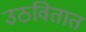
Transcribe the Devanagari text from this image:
उठवितात